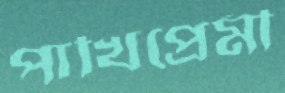
পাখিপ্রেমী